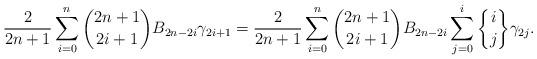
LaTeX: \begin{align*} \frac{2}{2n+1}\sum\limits_{i=0}^n {2n+1 \choose 2i+1} B_{2n-2i} \gamma_{2i+1} = \frac{2}{2n+1}\sum\limits_{i=0}^n {2n+1 \choose 2i+1} B_{2n-2i} \sum\limits_{j=0}^i {i\brace j}\gamma_{2j}.\end{align*}